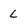
Character: L